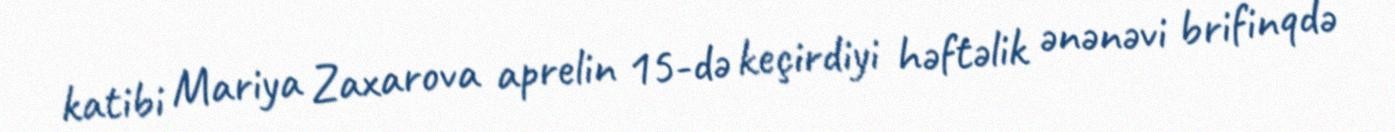
katibi Mariya Zaxarova aprelin 15-də keçirdiyi həftəlik ənənəvi brifinqdə